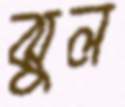
ঝুল